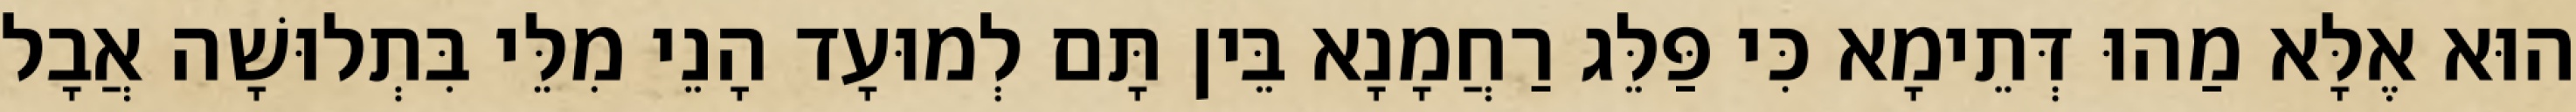
הוּא אֶלָּא מַהוּ דְּתֵימָא כִּי פַּלֵּג רַחֲמָנָא בֵּין תָּם לְמוּעָד הָנֵי מִלֵּי בִּתְלוּשָׁה אֲבָל